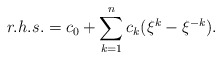
\begin{align*}r.h.s. = c_0 + \sum \limits_{k=1}^{n} c_{k} (\xi^{k}- \xi^{-k}).\end{align*}